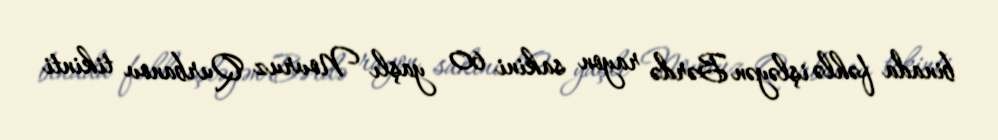
binada fəhlə işləyən Bərdə rayon sakini 60 yaşlı Novruz Qurbanov tikinti